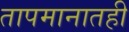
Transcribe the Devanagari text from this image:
तापमानातही